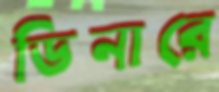
ডিনারে